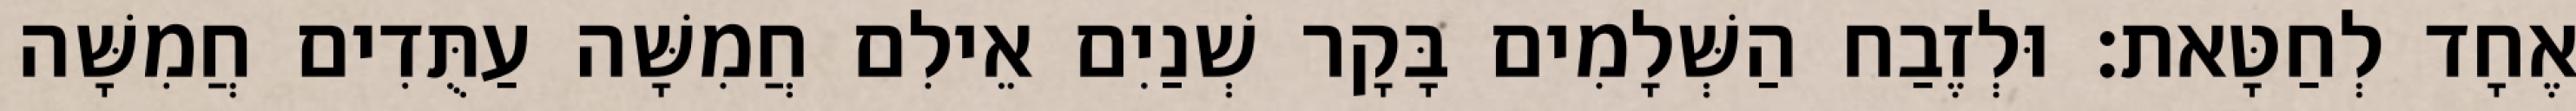
אֶחָד לְחַטָּאת׃ וּלְזֶבַח הַשְּׁלָמִים בָּקָר שְׁנַיִם אֵילִם חֲמִשָּׁה עַתֻּדִים חֲמִשָּׁה